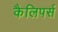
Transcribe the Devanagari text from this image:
कैलिपर्स